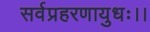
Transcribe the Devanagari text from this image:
सर्वप्रहरणायुधः।।